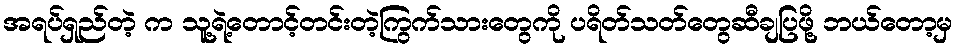
အရပ်ရှည်တဲ့ က သူ့ရဲ့တောင့်တင်းတဲ့ကြွက်သားတွေကို ပရိတ်သတ်တွေဆီချပြဖို့ ဘယ်တော့မှ